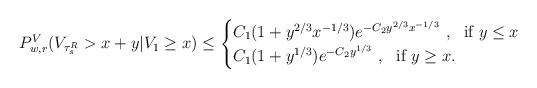
LaTeX: \begin{align*}P_{w,r}^V(V_{\tau_s^R} > x + y | V_1 \geq x) \leq\begin{cases}C_1(1 + y^{2/3}x^{-1/3}) e^{-C_2 y^{2/3} x^{-1/3}} ~,~ \mbox{ if } y \leq x \\C_1(1 + y^{1/3}) e^{-C_2 y^{1/3}} ~,~ \mbox{ if } y \geq x.\end{cases}\end{align*}